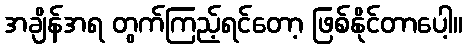
အချိန်အရ တွက်ကြည့်ရင်တော့ ဖြစ်နိုင်တာပေါ့။